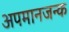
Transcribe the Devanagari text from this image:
अपमानजन्क